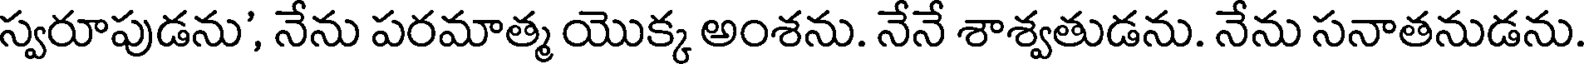
స్వరూపుడను', నేను పరమాత్మ యొక్క అంశను. నేనే శాశ్వతుడను. నేను సనాతనుడను